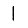
Digit: 1